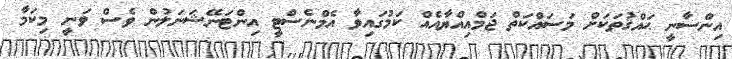
އިންސާނީ ޙައްޤުތަކަށް މަސައްކަތް ޖަމްއިއްޔާއެއް ކަމުގައިވާ އެމްނެސްޓީ އިންޓަނޭޝަނަލުން ވެސް ވަނީ މިކަމާ